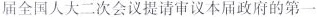
届全国人大二次会议提请审议本届政府的第一